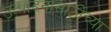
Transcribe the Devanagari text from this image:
उत्पादनासाठीच्या